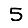
Digit: 5